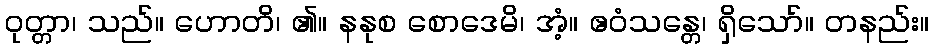
ဝုတ္တာ၊ သည်။ ဟောတိ၊ ၏။ နနုစ စောဒေမိ၊ အံ့။ ဧဝံသန္တေ၊ ရှိသော်။ တနည်း။